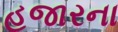
હજારના